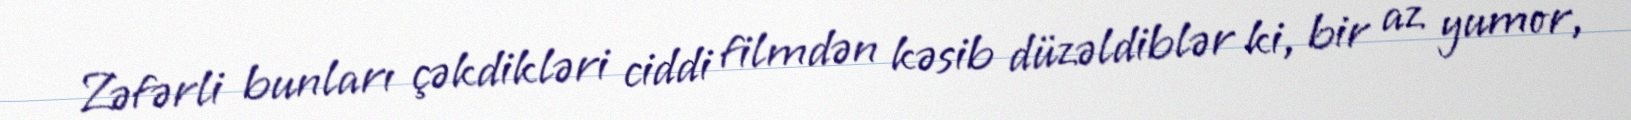
Zəfərli bunları çəkdikləri ciddi filmdən kəsib düzəldiblər ki, bir az yumor,